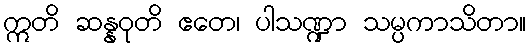
ဣတိ ဆန္နဝုတိ ဧတေ၊ ပါသဏ္ဍာ သမ္ပကာသိတာ။